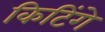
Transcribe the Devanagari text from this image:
किटिंगे